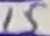
Text: 15